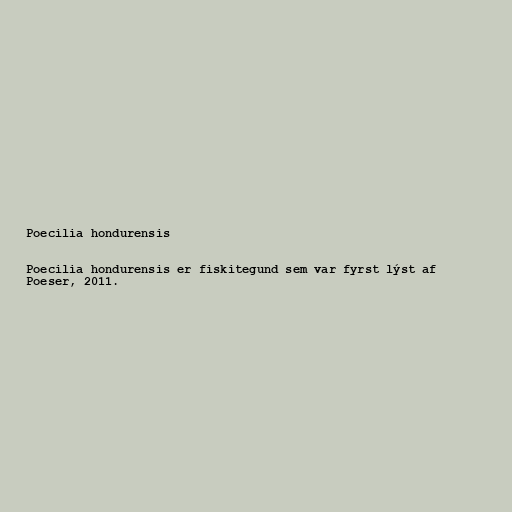
Poecilia hondurensis

Poecilia hondurensis er fiskitegund sem var fyrst lýst af
Poeser, 2011.